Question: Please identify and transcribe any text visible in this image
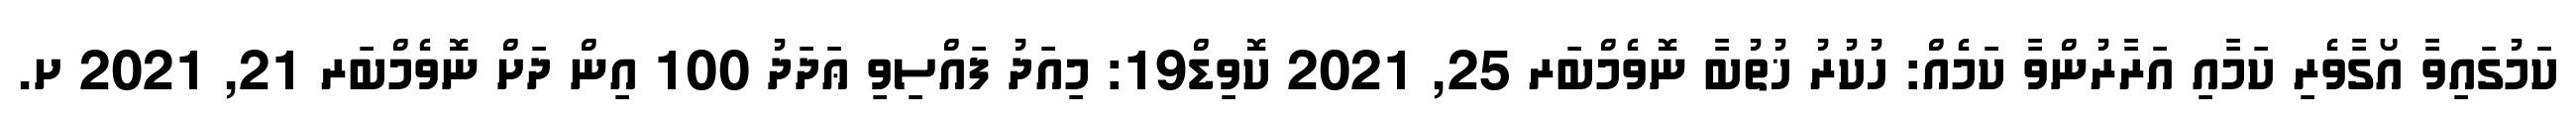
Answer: ކަމުގައިވާ އޯގާވެރި ކަމާއި އަރާރުންވާ ކަމެއް: ހުކުރު ޚުތުބާ ނޮވެމްބަރ 25, 2021 ކޮވިޑް19: މިއަދު ފައްސިވި ޢަދަދު 100 އިން ދަށް ނޮވެމްބަރ 21, 2021 ށ.